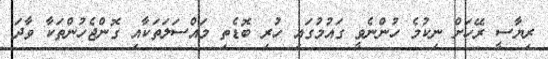
ރިޔާސީ ރޭހަށް ނިކުމެ ހުންނެވީ ގައުމުގައި ހުރި ބޮޑެތި މައްސަލަތަކާއި ގޮންޖެހުންތަކާ ވާދަ